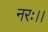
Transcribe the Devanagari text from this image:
नरः।।